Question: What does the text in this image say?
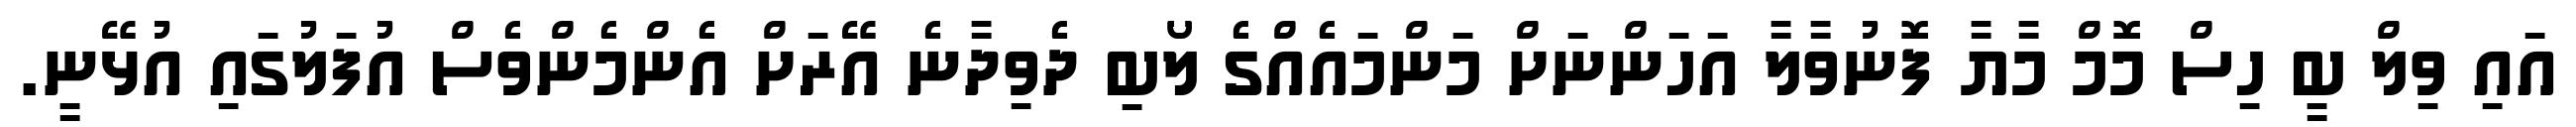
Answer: އައި ވިލް ބީ ހިސް މޮމް މާޔާ ފޮނުވާލާ އަހަންނަށް މަންމައެއްގެ ލޯބި ދެވިދާނެ އޭރަށް އެންމެންވެސް އުފަލުގައި އުޅޭނީ.